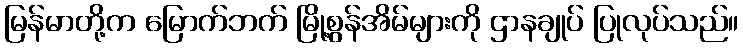
မြန်မာတို့က မြောက်ဘက် မြို့စွန်အိမ်များကို ဌာနချုပ် ပြုလုပ်သည်။